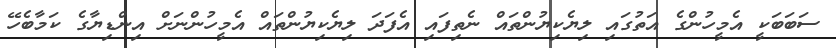
ސަބަބަކީ އެމީހުންގެ އަތުގައި ލިޔެކިޔުންތައް ނެތިފައި އެފަދަ ލިޔެކިޔުންތައް އެމީހުންނަށް އިންޑިޔާގެ ކަމާބެހޭ